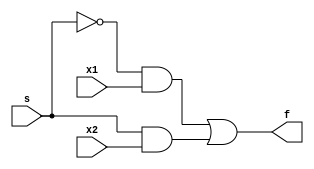
// This program was cloned from: https://github.com/Mahmoud-Abdelraouf/Computer-Organization-and-Architecture
// License: MIT License

module MUX_2_1 (
    input x1, input x2, input s,
    output f
);

    not (sn, s);
    
    and A0 (g0, sn, x1);
    and A1 (g1, s, x2);

    or O0(f,g0, g1); 


endmodule //MUX_2_1